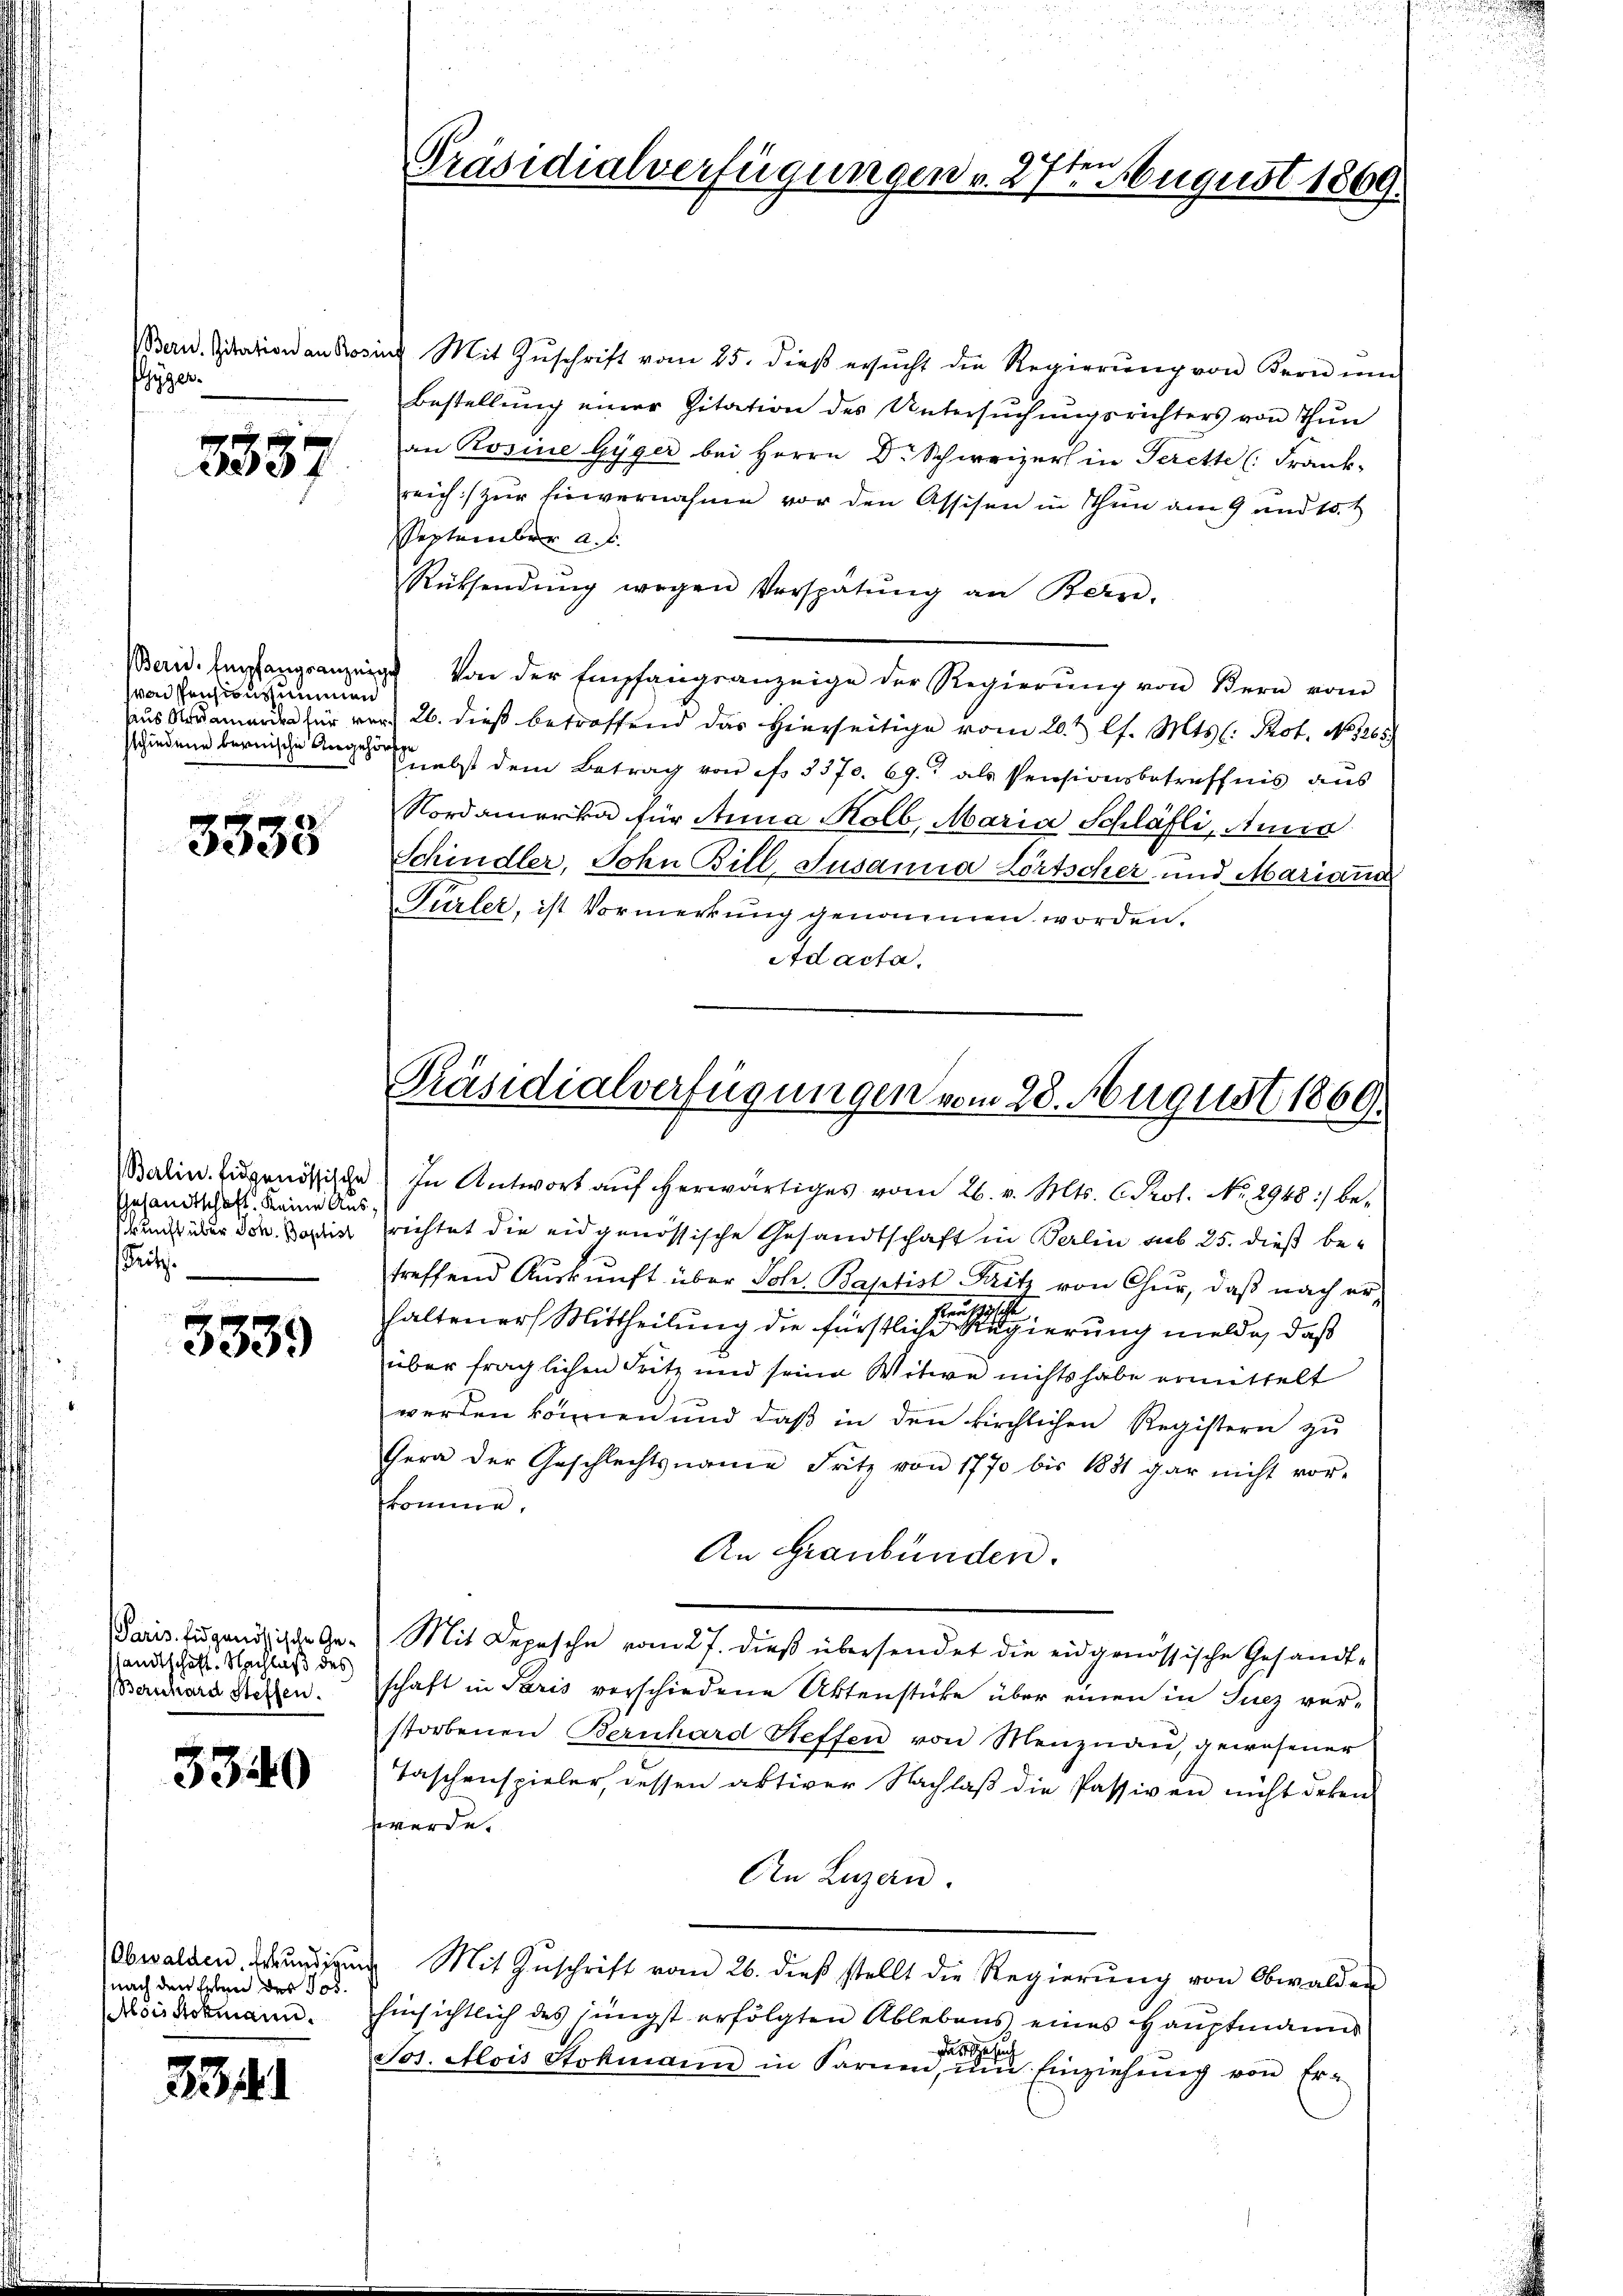
Bern. Zitation an Ros
hyger

3837

wai Pensionssummen
sschiedene bernische Angehör

ee

Berlin. Eidgenössische
Gesandtschaft keine Aus
kunft über Joh. Baptist
Pritz.

3339

Paris. Eidgenössische Ge-
sandtschaft. Nachlaß des
Bernhard Steffen.

3340

Obwalden, Erkundigung
nach den Erben des Jos.
(lois Stokmann.

3341

ten
Präsidialverfügungen v. 27. August 1869.

i Mit Zŭschrift vom 25. dieβ ersŭcht die Regierŭng von Kern ŭm
Bestellung einer Zitation des Untersuchungsrichters von Thun
an Rosine Gyger bei Herrn D. Schweizer in Terette (Frank-
reich zur Einvernahme vor den Assisen in Thun am 9 und 15.t
September a. d.
RRücksendŭng wegen Verspätŭng an Bern-
Barid. Empfangsanzeigt von der Empfangsanzeige der Regierŭng von Kern vom
aus Kremanden für vor 26. dieß betreffend das Hierseitige vom 20. t l. Mts. (: Prot. No. 1265.
Knebst dem Betrag von f. 3370. 69. als Pensionsbetreffnis aus
Nordamerika für Anna Kolb, Maria Schläfli, And
Schindler, Sohn Bill, Jusamia Zörtscher und Marianna
Gürler, ist Vormerkung genommen worden.
Ad acta.
In Antwort aŭf herwärtiges vom 26. v. Mts. C. Prot. No. 2948:/ be-
richtet die eidgenössische Gesandtschaft in Berlin sub 25. dieß betreffend Aŭskŭnft über Joh. Baptist Fritz von Chur, daβ nach er-
haltener Mittheilung die fürstlichen er negierung melde, daß
über fraglichen Fritz und seine Witwe nichts habe ermittelt
werden können und daß in den kirchlichen Registern zu
Gera der Geschlechtsname Fritz von 1770 bis 1881 gar nicht vor-
komme.
An Graubünden.
Mit Depesche vom 27. dieß übersendet die eidgenössische Gesandtschaft in Paris verschiedene Aktenstücke über einen in Sucz ver-
storbenen Bernhard Steffen von Menznau, gewesener
Taschenspieler, dessen aktiver Nachlaβ die Passiven nicht deben
werde.
An Luzern.
Mit Zŭschrift vom 26. dieβ stellt die Regierŭng von Obwalden
hinsichtlich des jüngst erfolgten Ablebens eines Hauptmanns
dalge
Jos. Alois Stohmann in Sarnen, ŭm Einziehŭng von Er-

Präsidialverfügungen vom 28. August 1869.